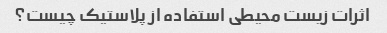
اثرات زیست محیطی استفاده از پلاستیک چیست؟